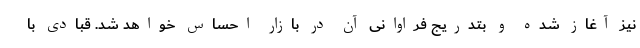
نیز آغاز شده و بتدریج فراوانی آن در بازار احساس خواهد شد. قبادی با